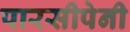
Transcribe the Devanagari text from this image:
पारसीपेनी